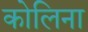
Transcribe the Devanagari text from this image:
कोलिना